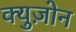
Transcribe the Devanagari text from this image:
क्युज़ोन